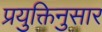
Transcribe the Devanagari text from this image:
प्रयुक्तिनुसार